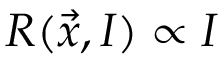
R ( \vec { x } , I ) \propto I